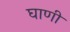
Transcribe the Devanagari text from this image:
घाणी